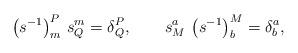
LaTeX: \begin{align*}\left( s^{-1}\right) _{m}^{P}\, s_{Q}^{m}=\delta^P_Q,\qquad s_{M}^{a}\,\left(s^{-1}\right) _{b}^{M}=\delta^a_b,\end{align*}